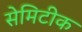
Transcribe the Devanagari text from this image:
सेमिटीक